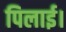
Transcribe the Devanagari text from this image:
पिलाई।